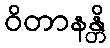
ဝိတာနန္တိ